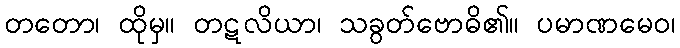
တတော၊ ထိုမှ။ တဋလိယာ၊ သခွတ်ဗောဓိ၏။ ပမာဏမေဝ၊